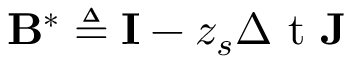
\mathbf { B } ^ { \ast } \triangleq \mathbf { I } - z _ { s } \ensuremath { \Delta \mathrm { ~ t ~ } } \mathbf { J }